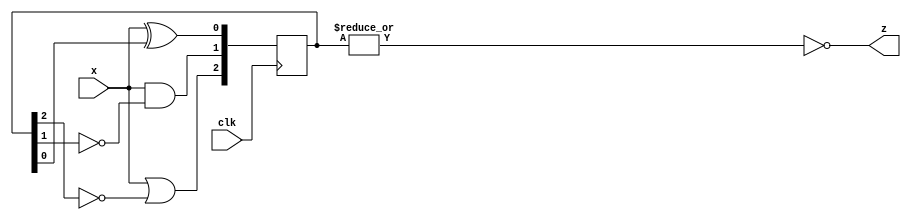
module top_module (
    input clk,
    input x,
    output z
); 
    reg [2:0] q;
    always@(posedge clk)begin
        q[0] <= x^q[0];
        q[1] <= x&~q[1];
        q[2] <= x|~q[2];
    end
    
    assign z = ~(|q);
endmodule